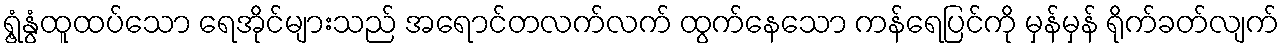
ရွံ့နွံထူထပ်သော ရေအိုင်များသည် အရောင်တလက်လက် ထွက်နေသော ကန်ရေပြင်ကို မှန်မှန် ရိုက်ခတ်လျက်